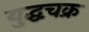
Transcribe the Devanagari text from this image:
युद्धचक्र